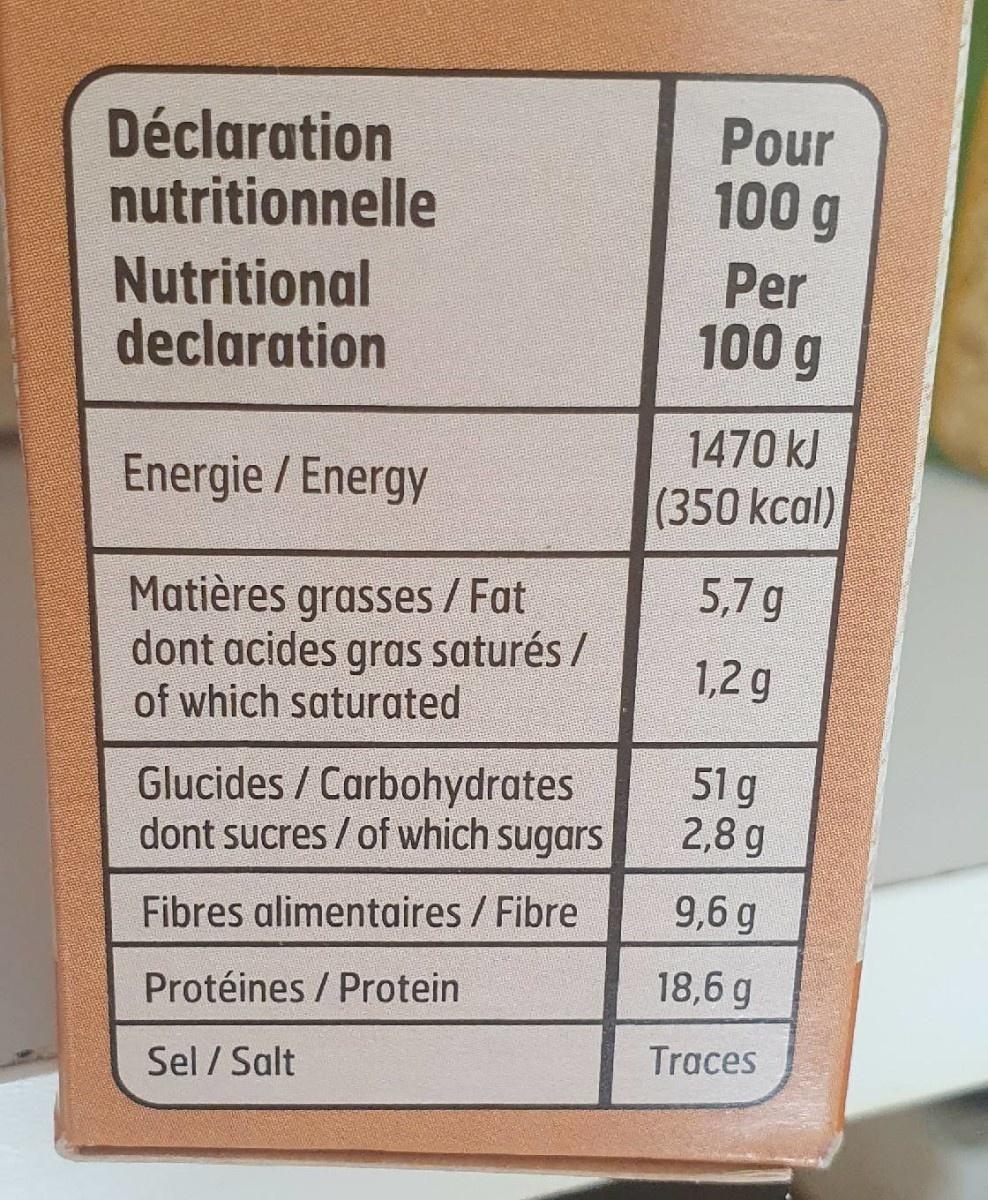
Déclaration nutritionnelle
Pour 100 g
Nutritional declaration
Per 100 g
1470 kJ (350kcal)
Energie /Energy
5,7 g
Matières grasses / Fat dont acides gras saturés / of which saturated
1,2 g
Glucides / Carbohydrates dont sucres / of which sugars
51 g 2,8 g
Fibres alimentaires / Fibre
9,6 g
Protéines / Protein
18,6 g
Traces
Sel / Salt